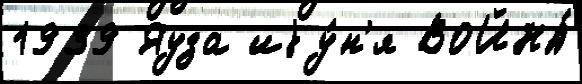
1939 Яуза иjу́н'я ВОЙНА́